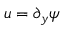
u = \partial _ { y } \psi